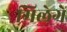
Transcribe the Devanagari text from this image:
मिलेगें